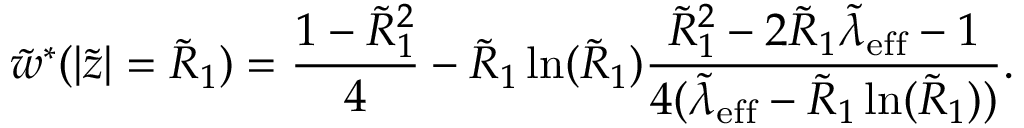
\tilde { w } ^ { * } ( | \tilde { z } | = \tilde { R } _ { 1 } ) = \frac { 1 - \tilde { R } _ { 1 } ^ { 2 } } { 4 } - \tilde { R } _ { 1 } \ln ( \tilde { R } _ { 1 } ) \frac { \tilde { R } _ { 1 } ^ { 2 } - 2 \tilde { R } _ { 1 } \tilde { \lambda } _ { \mathrm { e f f } } - 1 } { 4 ( \tilde { \lambda } _ { \mathrm { e f f } } - \tilde { R } _ { 1 } \ln ( \tilde { R } _ { 1 } ) ) } .